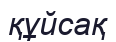
құйсақ